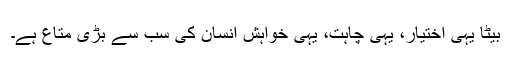
بیٹا یہی اختیار، یہی چاہت، یہی خواہش انسان کی سب سے بڑی متاع ہے۔